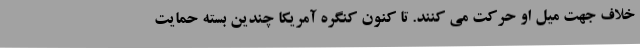
خلاف جهت میل او حرکت می کنند. تا کنون کنگره آمریکا چندین بسته حمایت